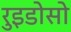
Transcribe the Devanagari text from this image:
रुइडोसो